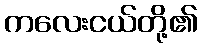
ကလေးငယ်တို့၏